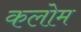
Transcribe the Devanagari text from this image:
कलोम